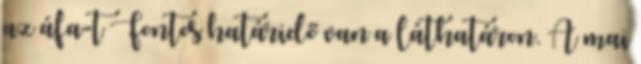
az áfa-t Fontos határidő van a láthatáron. A mai